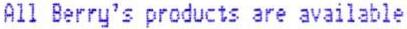
ALL BERRY'S PRODUCTS ARE AVAILABLE